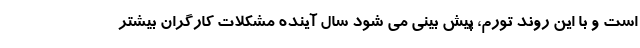
است و با این روند تورم، پیش بینی می شود سال آینده مشکلات کارگران بیشتر